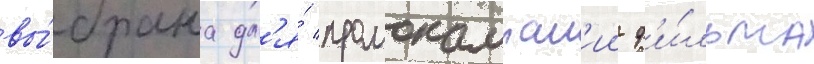
вы́брана дл'я́ промокампан'ии ф'и́льма